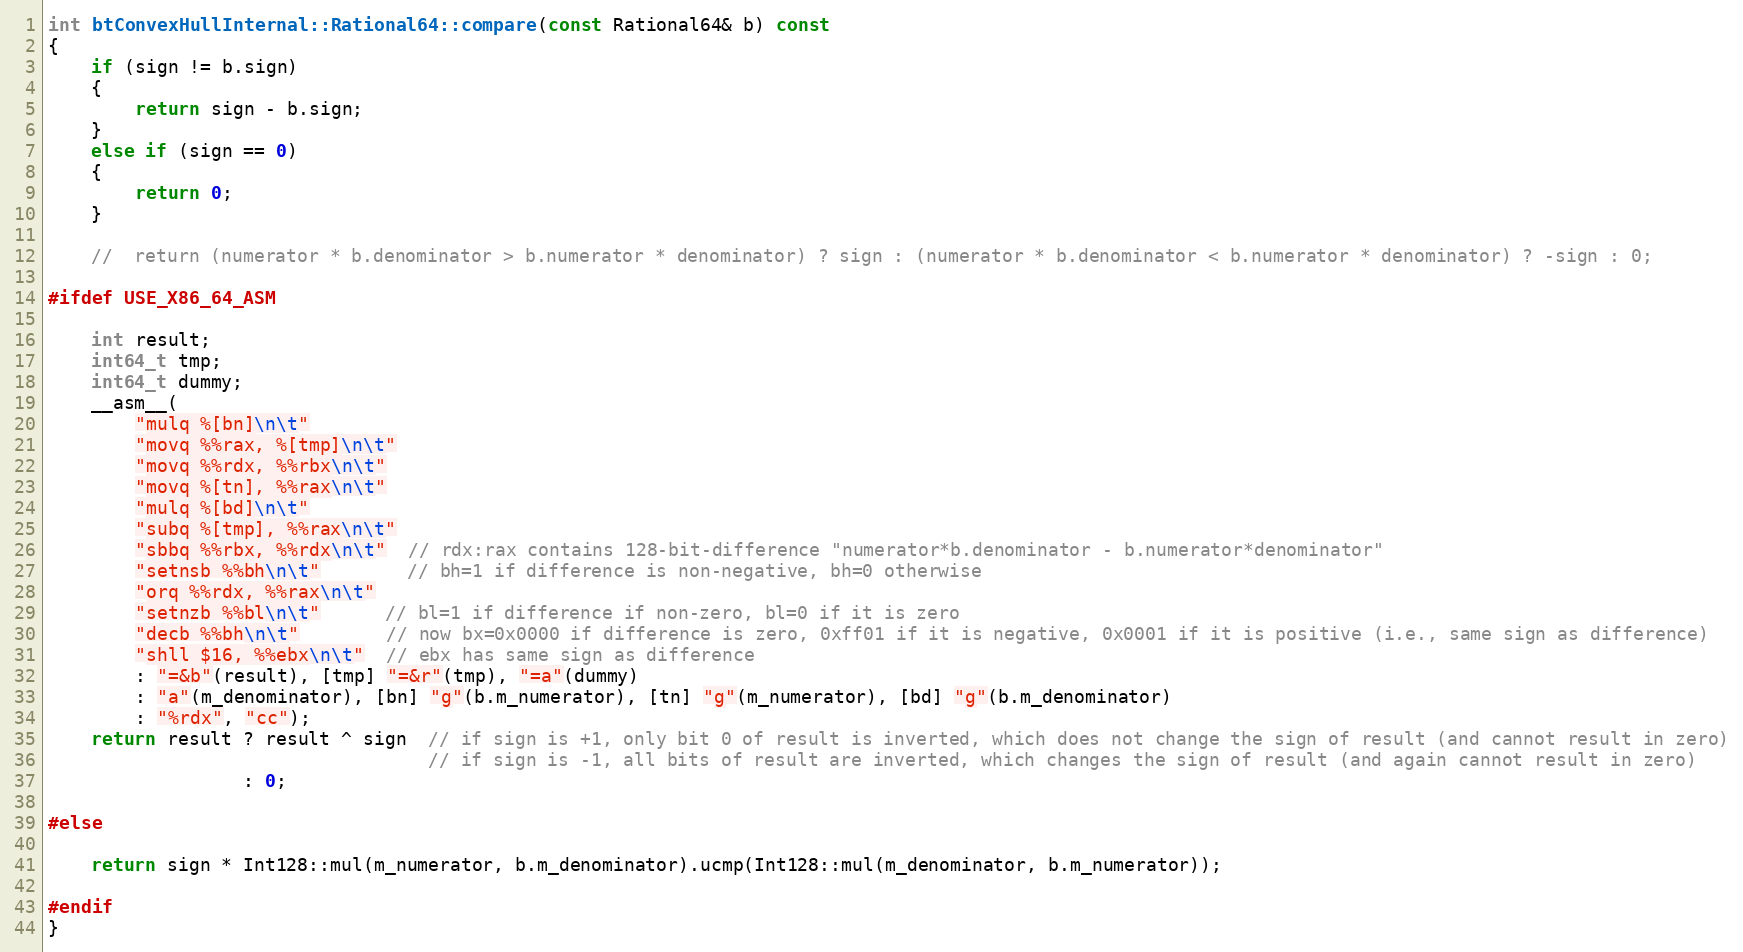
Language: C++
int btConvexHullInternal::Rational64::compare(const Rational64& b) const
{
	if (sign != b.sign)
	{
		return sign - b.sign;
	}
	else if (sign == 0)
	{
		return 0;
	}

	//	return (numerator * b.denominator > b.numerator * denominator) ? sign : (numerator * b.denominator < b.numerator * denominator) ? -sign : 0;

#ifdef USE_X86_64_ASM

	int result;
	int64_t tmp;
	int64_t dummy;
	__asm__(
		"mulq %[bn]\n\t"
		"movq %%rax, %[tmp]\n\t"
		"movq %%rdx, %%rbx\n\t"
		"movq %[tn], %%rax\n\t"
		"mulq %[bd]\n\t"
		"subq %[tmp], %%rax\n\t"
		"sbbq %%rbx, %%rdx\n\t"  // rdx:rax contains 128-bit-difference "numerator*b.denominator - b.numerator*denominator"
		"setnsb %%bh\n\t"        // bh=1 if difference is non-negative, bh=0 otherwise
		"orq %%rdx, %%rax\n\t"
		"setnzb %%bl\n\t"      // bl=1 if difference if non-zero, bl=0 if it is zero
		"decb %%bh\n\t"        // now bx=0x0000 if difference is zero, 0xff01 if it is negative, 0x0001 if it is positive (i.e., same sign as difference)
		"shll $16, %%ebx\n\t"  // ebx has same sign as difference
		: "=&b"(result), [tmp] "=&r"(tmp), "=a"(dummy)
		: "a"(m_denominator), [bn] "g"(b.m_numerator), [tn] "g"(m_numerator), [bd] "g"(b.m_denominator)
		: "%rdx", "cc");
	return result ? result ^ sign  // if sign is +1, only bit 0 of result is inverted, which does not change the sign of result (and cannot result in zero)
								   // if sign is -1, all bits of result are inverted, which changes the sign of result (and again cannot result in zero)
				  : 0;

#else

	return sign * Int128::mul(m_numerator, b.m_denominator).ucmp(Int128::mul(m_denominator, b.m_numerator));

#endif
}